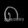
Digit: ၈